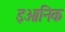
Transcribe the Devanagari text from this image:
इओनिक